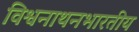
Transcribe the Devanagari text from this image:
विश्वनाथनभारतीय